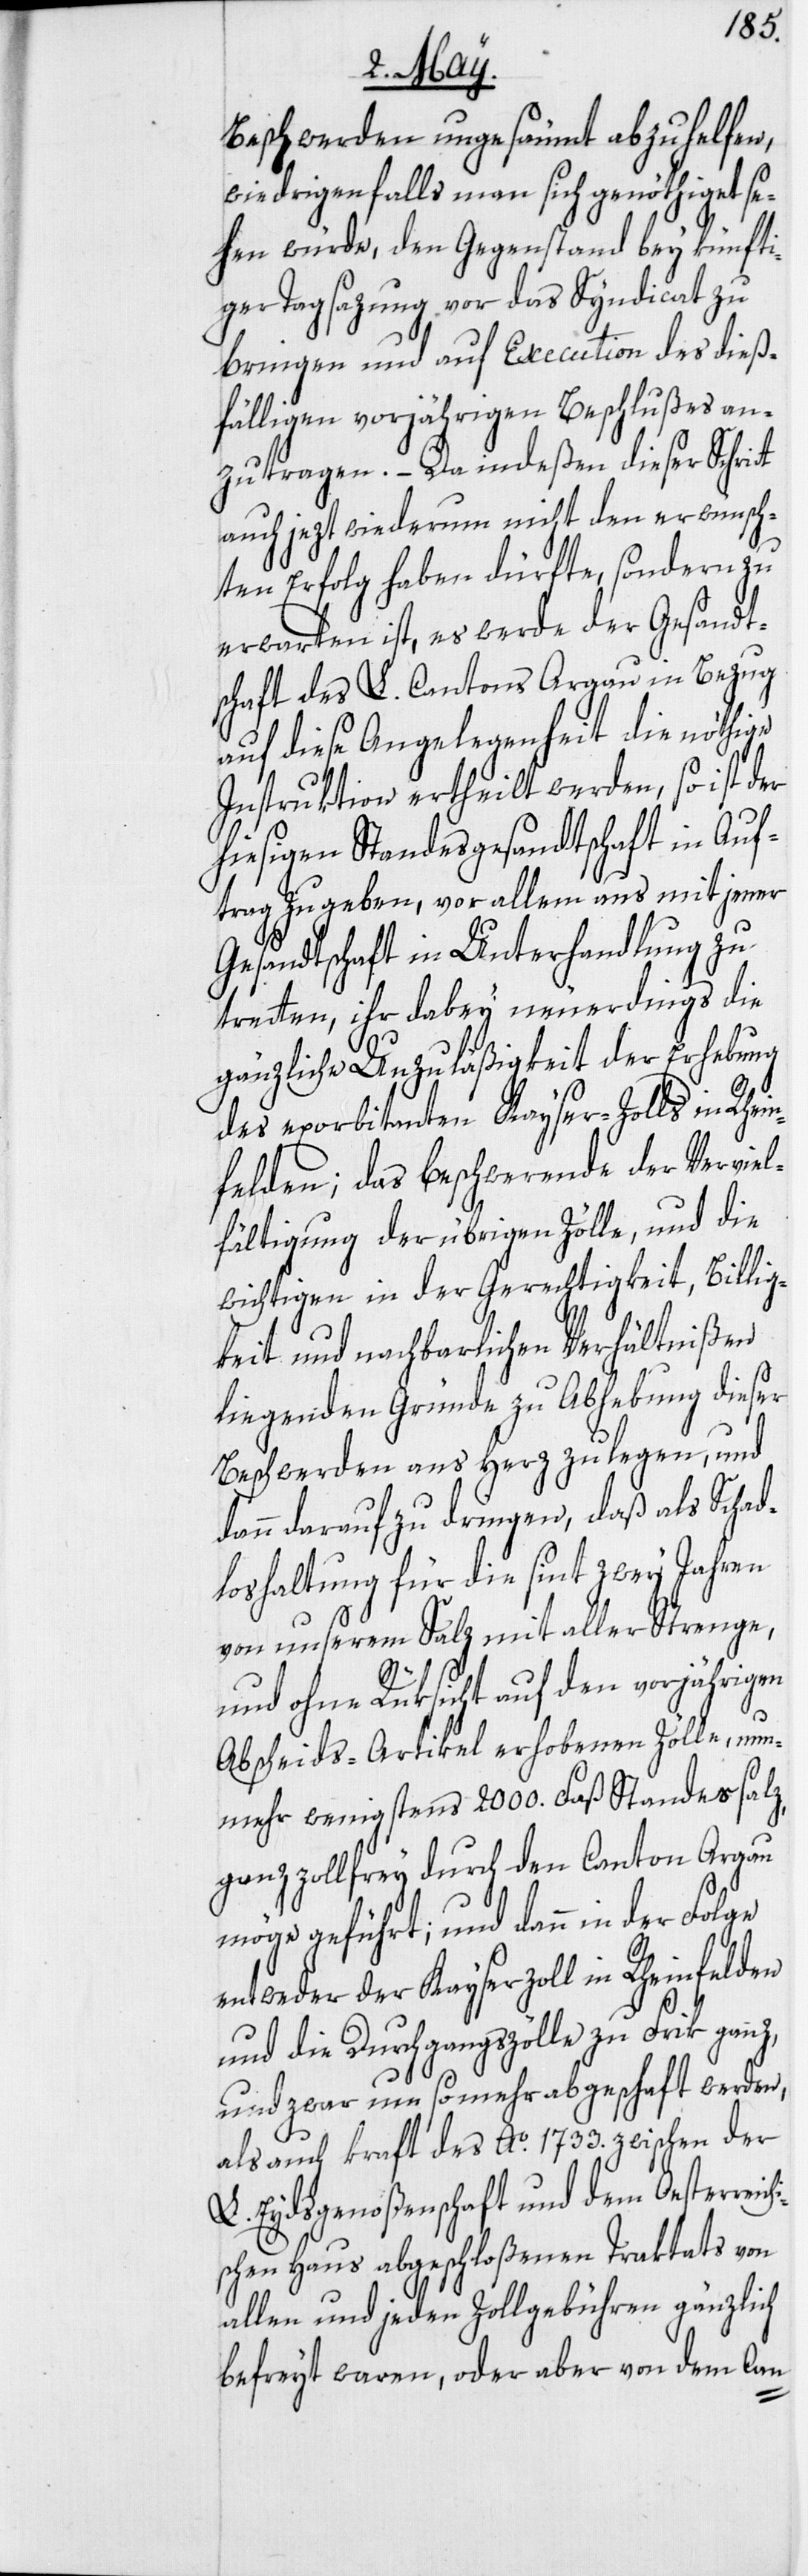
hi¬
Beschwerden ungesäumt abzuhelfen,
wiedrigenfalls man sich genöthiget se¬
hen würde, den Gegenstand bey künfti¬
ger Tagsazung vor das Syndicat zu
bringen und auf Execution des dieß¬
fälligen vorjährigen Beschlußes an¬
zutragen. – Da indeßen dieser Schrit¬
t auch jezt wiederum nicht den erwünsch¬
ten Erfolg haben dürfte, sondern zu
erwarten ist, es werde der Gesandt¬
schaft des L. Cantons Argau in Bezug
auf diese Angelegenheit die nöthige
Instruktion ertheilt werden, so ist der
hiesigen Standesgesandtschaft in Auf¬
trag zu geben, vor allem aus mit jener
Gesandtschaft in Unterhandlung zu
tretten, ihr dabey neuerdings die
gänzliche Unzuläßigkeit der Erhebung
des exorbitanten Kayser-Zolls in Rhei¬
nfelden; das beschwerende der Verviel¬
fältigung der übrigen Zölle, und die
wichtigen in der Gerechtigkeit, Billig¬
keit und nachbarlichen Verhältnißen
liegenden Gründe zu Abhebung dieser
Beschwerden ans Herz zu legen, und
dann darauf zu dringen, daß als Schad¬
loshaltung für die sint zwey Jahren
von unserem Salz mit aller Strenge,
und ohne Rüksicht auf den vorjährigen
Abscheids-Artikel erhobenen Zölle, nun¬
mehr wenigstens 2000. Faß Standessalz,
ganz zollfrey durch den Canton Argau
möge geführt; und dann in der
entweder der Kayserzoll in Rheinfelden
und die Durchgangszölle zu Frik ganz,
und zwar um so mehr abgeschaft werden,
als auch kraft des Ao. 1733. zwischen der
L. Eydsgenoßenschaft und dem Oesterreic¬
schen Haus abgeschloßenen Traktats von
allen und jeden Zollgebühren gänzlich
befreyt waren, oder aber von dem Can-